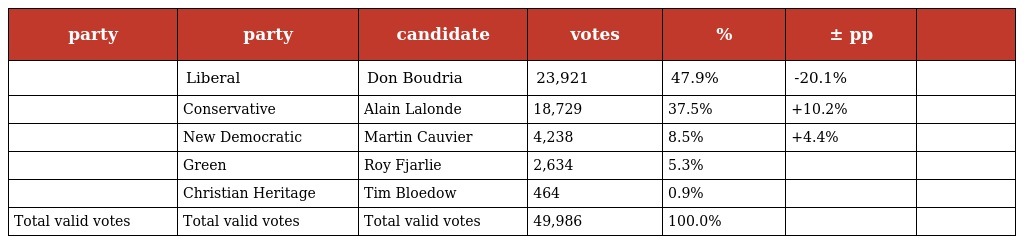
| party | party | candidate | votes | % | ± pp |  |
 | --- | --- | --- | --- | --- | --- | --- |
 |  | Liberal | Don Boudria | 23,921 | 47.9% | -20.1% |  |
 |  | Conservative | Alain Lalonde | 18,729 | 37.5% | +10.2% |  |
 |  | New Democratic | Martin Cauvier | 4,238 | 8.5% | +4.4% |  |
 |  | Green | Roy Fjarlie | 2,634 | 5.3% |  |  |
 |  | Christian Heritage | Tim Bloedow | 464 | 0.9% |  |  |
 | Total valid votes | Total valid votes | Total valid votes | 49,986 | 100.0% |  |  |